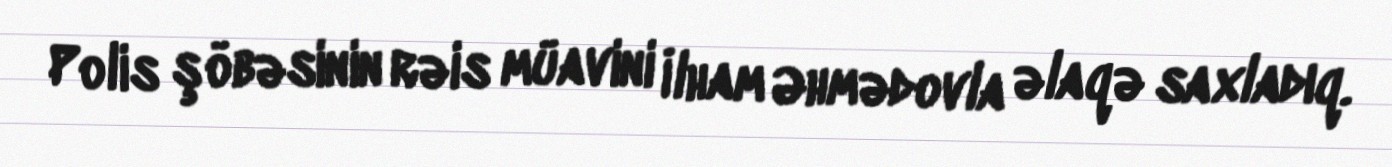
Polis şöbəsinin rəis müavini İlham Əhmədovla əlaqə saxladıq.